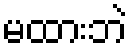
မထားဘဲ